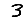
Digit: 3